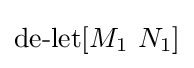
\operatorname {de-let} [M_{1}\ N_{1}]